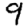
Digit: 9